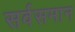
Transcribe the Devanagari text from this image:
सर्वसमान